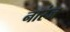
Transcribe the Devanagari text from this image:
नारंज